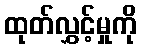
ထုတ်လွှင့်မှုကို